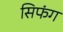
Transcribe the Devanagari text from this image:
सिफंग